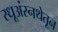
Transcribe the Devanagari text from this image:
स्धूअंस्नथेतून